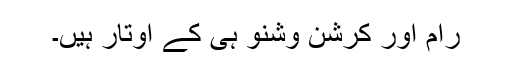
رام اور کرشن وشنو ہی کے اوتار ہیں۔